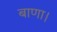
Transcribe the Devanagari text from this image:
बाणा।